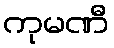
ကုမဏီ